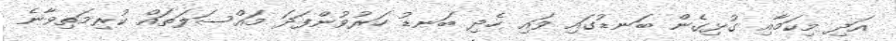
އަދި މިކަމާއި ގުޅިގެން ބަނޑުގައި ވައި ހެދި ބަނޑު ހަރުވުންފަދަ މައްސަލަތައް ކުރިމަތިވާނެ